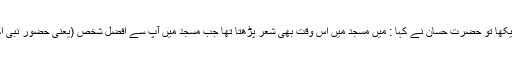
حضرت عمر رضی اللہ عنہ نے گھور کر ان کی طرف دیکھا تو حضرت حسان نے کہا : میں مسجد میں اس وقت بھی شعر پڑھتا تھا جب مسجد میں آپ سے افضل شخص (یعنی حضور نبی اکرم صلی اللہ علیہ وآلہ وسلم خود ظاہرا بھی) موجود تھے۔